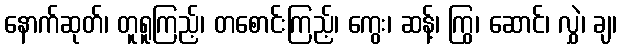
နောက်ဆုတ်၊ တူရူကြည့်၊ တစောင်းကြည့်၊ ကွေး၊ ဆန့်၊ ကြွ၊ ဆောင်၊ လွှဲ၊ ချ၊